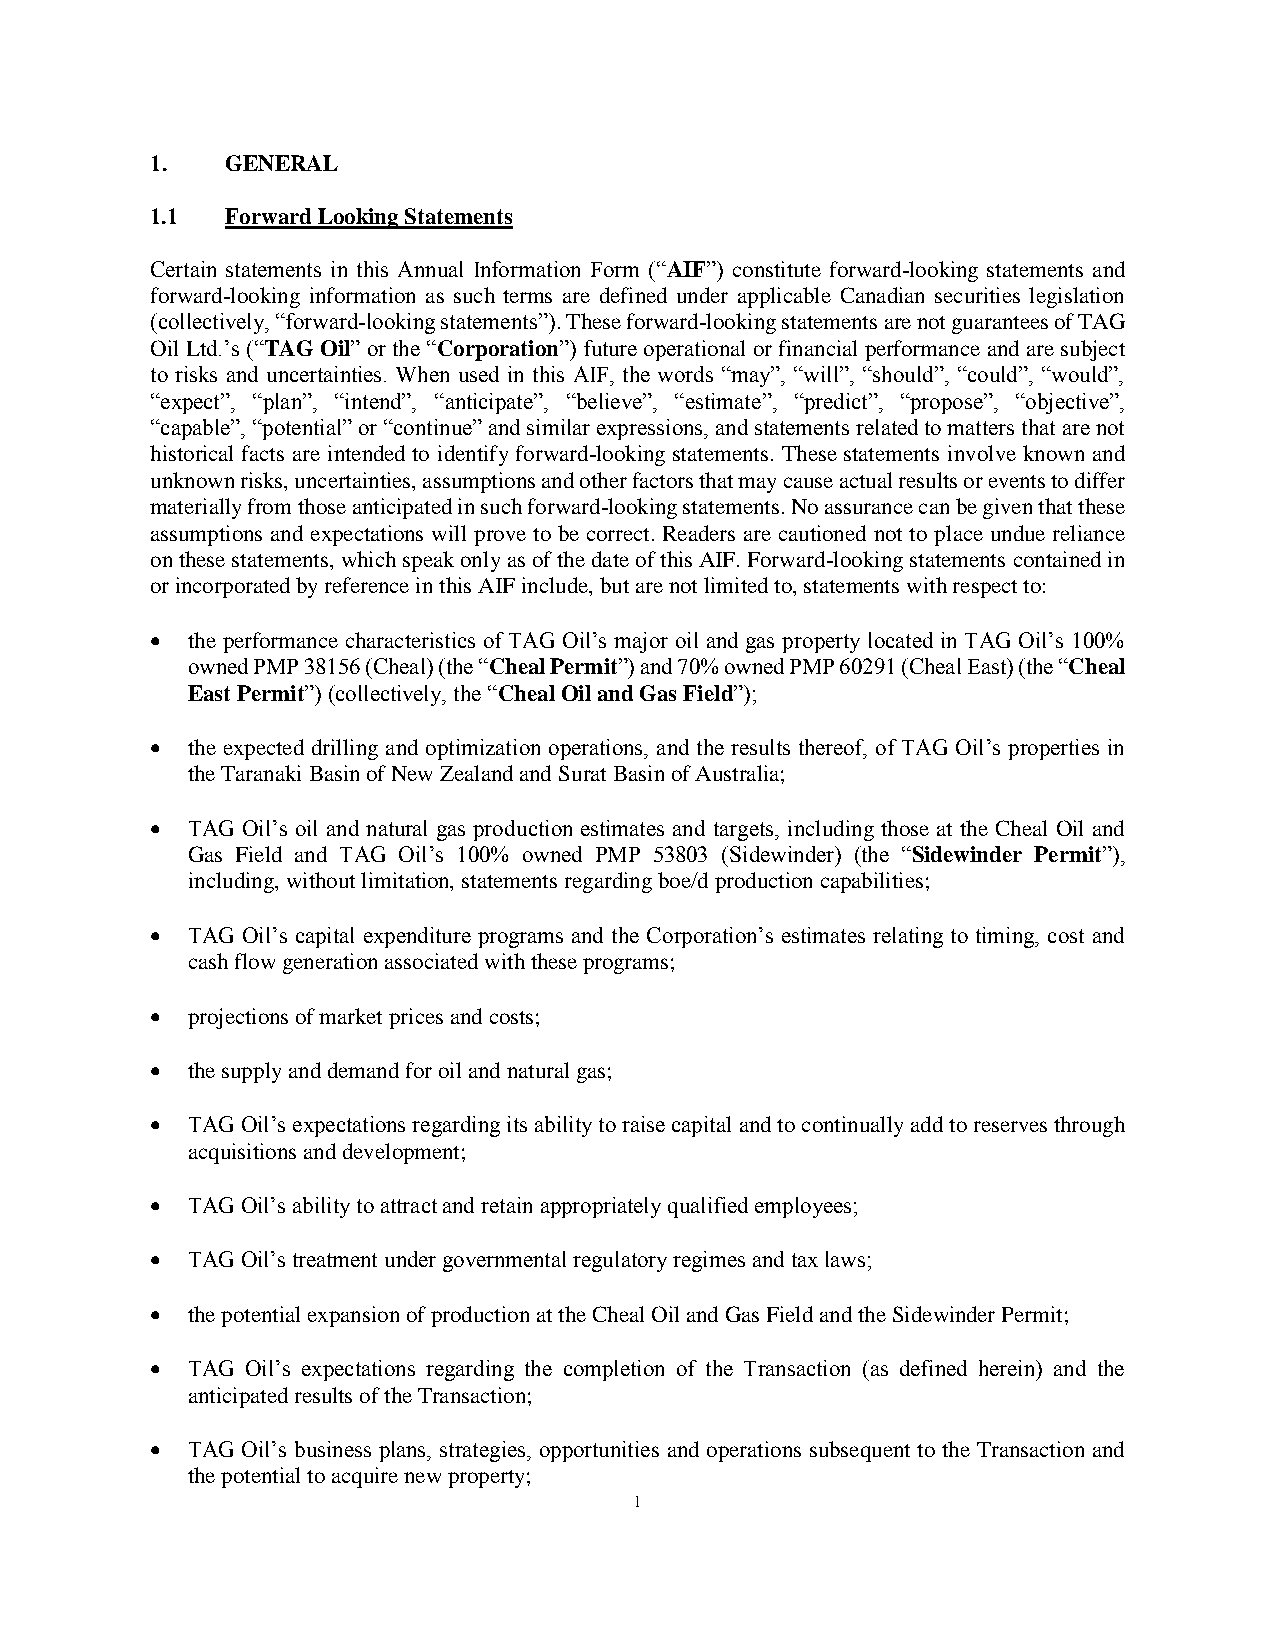
1.   GENERAL
 1.1  Forward Looking Statements
 Certain statements in this Annual Information Form (“AIF”) constitute forward-looking statements and
 forward-looking information as such terms are defined under applicable Canadian securities legislation
 (collectively, “forward-looking statements”). These forward-looking statements are not guarantees of TAG
 Oil Ltd.’s (“TAG Oil” or the “Corporation”) future operational or financial performance and are subject
 to risks and uncertainties. When used in this AIF, the words “may”, “will”, “should”, “could”, “would”,
 “expect”, “plan”, “intend”, “anticipate”, “believe”, “estimate”, “predict”, “propose”, “objective”,
 “capable”, “potential” or “continue” and similar expressions, and statements related to matters that are not
 historical facts are intended to identify forward-looking statements. These statements involve known and
 unknown risks, uncertainties, assumptions and other factors that may cause actual results or events to differ
 materially from those anticipated in such forward-looking statements. No assurance can be given that these
 assumptions and expectations will prove to be correct. Readers are cautioned not to place undue reliance
 on these statements, which speak only as of the date of this AIF. Forward-looking statements contained in
 or incorporated by reference in this AIF include, but are not limited to, statements with respect to:
 • the performance characteristics of TAG Oil’s major oil and gas property located in TAG Oil’s 100%
 owned PMP 38156 (Cheal) (the “Cheal Permit”) and 70% owned PMP 60291 (Cheal East) (the “Cheal
 East Permit”) (collectively, the “Cheal Oil and Gas Field”);
 • the expected drilling and optimization operations, and the results thereof, of TAG Oil’s properties in
 the Taranaki Basin of New Zealand and Surat Basin of Australia;
 • TAG Oil’s oil and natural gas production estimates and targets, including those at the Cheal Oil and
 Gas Field and TAG Oil’s 100% owned PMP 53803 (Sidewinder) (the “Sidewinder Permit”),
 including, without limitation, statements regarding boe/d production capabilities;
 • TAG Oil’s capital expenditure programs and the Corporation’s estimates relating to timing, cost and
 cash flow generation associated with these programs;
 • projections of market prices and costs;
 • the supply and demand for oil and natural gas;
 • TAG Oil’s expectations regarding its ability to raise capital and to continually add to reserves through
 acquisitions and development;
 • TAG Oil’s ability to attract and retain appropriately qualified employees;
 • TAG Oil’s treatment under governmental regulatory regimes and tax laws;
 • the potential expansion of production at the Cheal Oil and Gas Field and the Sidewinder Permit;
 • TAG Oil’s expectations regarding the completion of the Transaction (as defined herein) and the
 anticipated results of the Transaction;
 • TAG Oil’s business plans, strategies, opportunities and operations subsequent to the Transaction and
 the potential to acquire new property;
 1